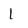
Character: 1